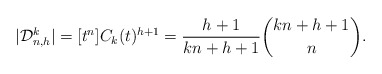
\begin{align*}\vert \mathcal{D}_{n,h}^k \vert = [t^n] C_k(t)^{h+1} = \frac{h+1}{kn+h+1} \binom{kn+h+1}{n}.\end{align*}